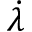
\dot { \lambda }